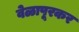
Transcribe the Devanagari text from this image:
वेळापूरकर